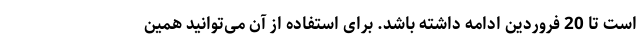
است تا 20 فروردین ادامه داشته باشد. برای استفاده از آن می‌توانید همین